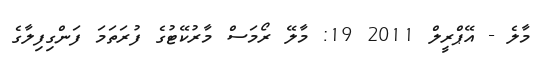
މާލެ - އޭޕްރީލް 2011 19: މާލޭ ރޯމަސް މާރުކޭޓުގެ ފުރަތަމަ ފަންގިފިލާގެ